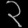
Digit: ၃